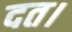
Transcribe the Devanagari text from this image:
दत।